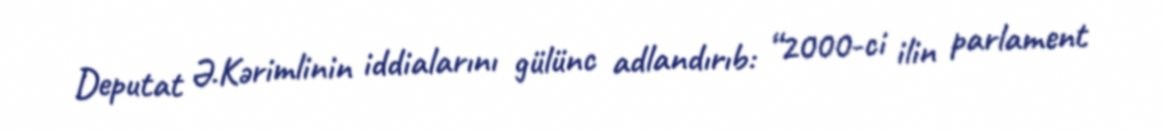
Deputat Ə.Kərimlinin iddialarını gülünc adlandırıb: “2000-ci ilin parlament